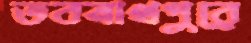
ভবনাথপুরে